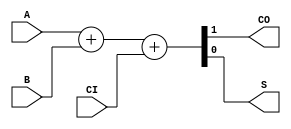
module FADDX1_1 (A,B,CI,CO,S);
 input A;
 input B;
 input CI;
 output CO;
 output S;
 reg CO,S;
 always @ (A or B or CI)
 begin
 {CO,S} <= A + B + CI;
 end
endmodule